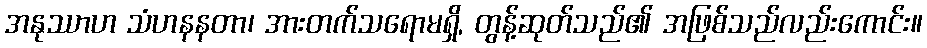
အနုဿာဟ သံဟနနတာ၊ အားတက်သရောမရှိ, တွန့်ဆုတ်သည်၏ အဖြစ်သည်လည်းကောင်း။